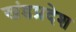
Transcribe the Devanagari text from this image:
खंडप्रदेश